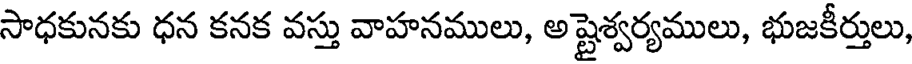
సాధకునకు ధన కనక వస్తు వాహనములు, అష్టైశ్వర్యములు, భుజకీర్తులు,